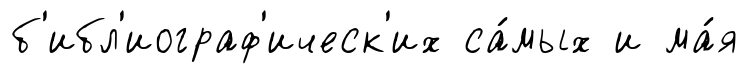
б'ибл'иограф'ическ'их са́мых и ма́я